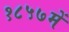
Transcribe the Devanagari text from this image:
१८५७में